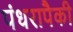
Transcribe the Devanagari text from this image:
पंधरापैकी